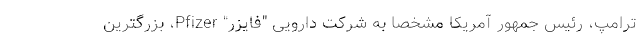
ترامپ، رئیس جمهور آمریکا مشخصا به شرکت دارویی "فایزر" Pfizer، بزرگترین